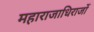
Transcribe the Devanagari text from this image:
महाराजाधिराजों